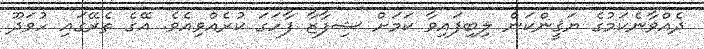
ދެއްވާނެކަމުގެ ޔަޤީންކަން ލިބިފައިވާ ކަމަށް ޝިފާޒާ ފާހަގަ ކުރެއްވިއެވެ. އޭގެ ތެރޭގައި ހުވަދޫ